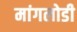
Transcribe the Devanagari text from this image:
मांगलोडी